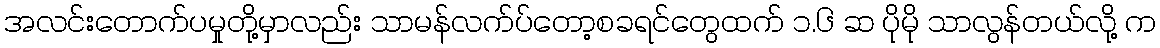
အလင်းတောက်ပမှုတို့မှာလည်း သာမန်လက်ပ်တော့စခရင်တွေထက် ၁.၆ ဆ ပိုမို သာလွန်တယ်လို့ က